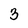
Character: 3